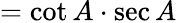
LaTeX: =\cot A\cdot\sec A